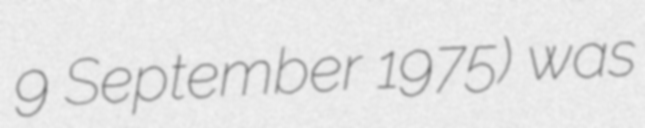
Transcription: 9 September 1975) was